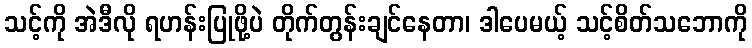
သင့်ကို အဲဒီလို ရဟန်းပြုဖို့ပဲ တိုက်တွန်းချင်နေတာ၊ ဒါပေမယ့် သင့်စိတ်သဘောကို